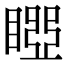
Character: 𥉝